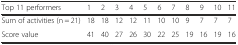
| Top 11 performers | 1 | 2 | 3 | 4 | 5 | 6 | 7 | 8 | 9 | 10 | 11 |
 | --- | --- | --- | --- | --- | --- | --- | --- | --- | --- | --- | --- |
 | Sum of activities (n = 21) | 18 | 18 | 12 | 12 | 11 | 10 | 10 | 9 | 7 | 7 | 7 |
 | Score value | 41 | 40 | 27 | 26 | 30 | 22 | 25 | 19 | 16 | 19 | 16 |